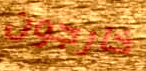
خارجون